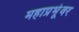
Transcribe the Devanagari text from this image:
महाप्रभूंवर